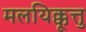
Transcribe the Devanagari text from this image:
मलयिक्कूत्तु